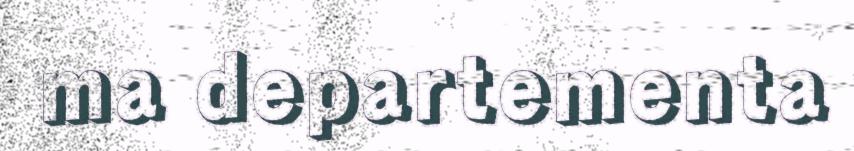
ma departementa